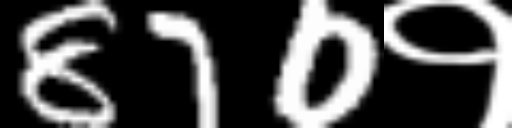
Text: 870१